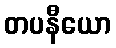
တပနီယော